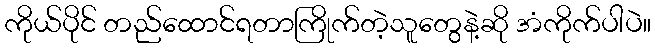
ကိုယ်ပိုင် တည်ထောင်ရတာကြိုက်တဲ့သူတွေနဲ့ဆို အံကိုက်ပါပဲ။